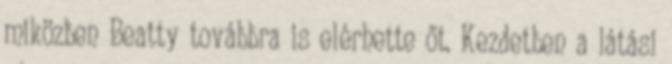
miközben Beatty továbbra is elérhette őt. Kezdetben a látási